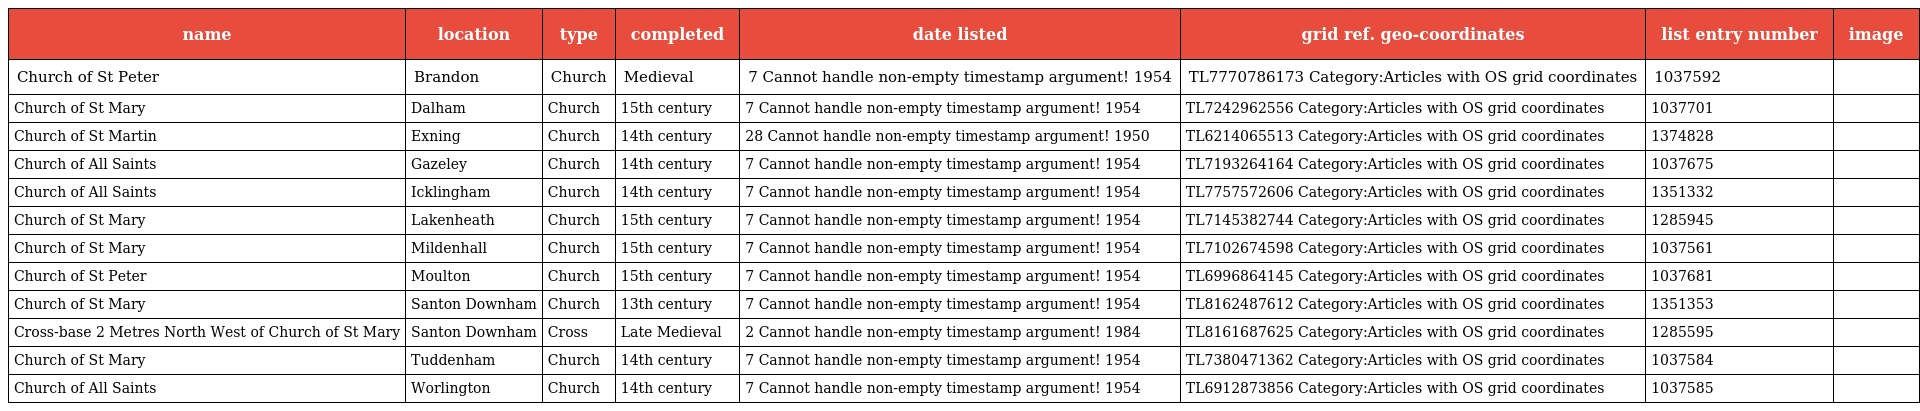
| name | location | type | completed | date listed | grid ref. geo-coordinates | list entry number | image |
 | --- | --- | --- | --- | --- | --- | --- | --- |
 | Church of St Peter | Brandon | Church | Medieval | 7 Cannot handle non-empty timestamp argument! 1954 | TL7770786173 Category:Articles with OS grid coordinates | 1037592 |  |
 | Church of St Mary | Dalham | Church | 15th century | 7 Cannot handle non-empty timestamp argument! 1954 | TL7242962556 Category:Articles with OS grid coordinates | 1037701 |  |
 | Church of St Martin | Exning | Church | 14th century | 28 Cannot handle non-empty timestamp argument! 1950 | TL6214065513 Category:Articles with OS grid coordinates | 1374828 |  |
 | Church of All Saints | Gazeley | Church | 14th century | 7 Cannot handle non-empty timestamp argument! 1954 | TL7193264164 Category:Articles with OS grid coordinates | 1037675 |  |
 | Church of All Saints | Icklingham | Church | 14th century | 7 Cannot handle non-empty timestamp argument! 1954 | TL7757572606 Category:Articles with OS grid coordinates | 1351332 |  |
 | Church of St Mary | Lakenheath | Church | 15th century | 7 Cannot handle non-empty timestamp argument! 1954 | TL7145382744 Category:Articles with OS grid coordinates | 1285945 |  |
 | Church of St Mary | Mildenhall | Church | 15th century | 7 Cannot handle non-empty timestamp argument! 1954 | TL7102674598 Category:Articles with OS grid coordinates | 1037561 |  |
 | Church of St Peter | Moulton | Church | 15th century | 7 Cannot handle non-empty timestamp argument! 1954 | TL6996864145 Category:Articles with OS grid coordinates | 1037681 |  |
 | Church of St Mary | Santon Downham | Church | 13th century | 7 Cannot handle non-empty timestamp argument! 1954 | TL8162487612 Category:Articles with OS grid coordinates | 1351353 |  |
 | Cross-base 2 Metres North West of Church of St Mary | Santon Downham | Cross | Late Medieval | 2 Cannot handle non-empty timestamp argument! 1984 | TL8161687625 Category:Articles with OS grid coordinates | 1285595 |  |
 | Church of St Mary | Tuddenham | Church | 14th century | 7 Cannot handle non-empty timestamp argument! 1954 | TL7380471362 Category:Articles with OS grid coordinates | 1037584 |  |
 | Church of All Saints | Worlington | Church | 14th century | 7 Cannot handle non-empty timestamp argument! 1954 | TL6912873856 Category:Articles with OS grid coordinates | 1037585 |  |